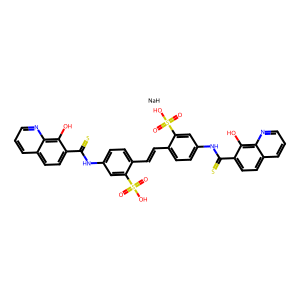
SMILES: O=S(=O)(O)c1cc(NC(=S)c2ccc3cccnc3c2O)ccc1C=Cc1ccc(NC(=S)c2ccc3cccnc3c2O)cc1S(=O)(=O)O.[NaH]
Inhibits HIV replication: Yes